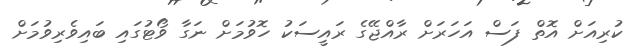
ކުރިއަށް އޮތް ފަސް އަހަރަށް ރާއްޖޭގެ ރައީސަކު ހޮވުމަށް ނަގާ ވޯޓުގައި ބައިވެރިވުމަށް